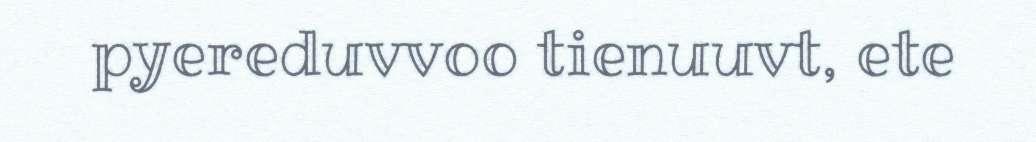
pyereduvvoo tienuuvt, ete